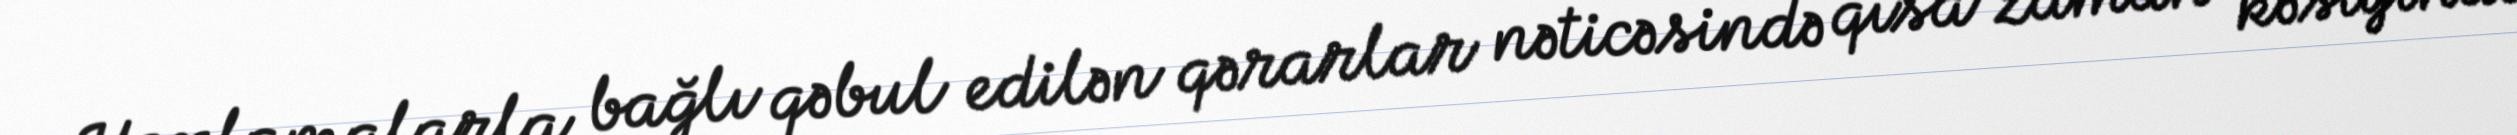
Yoxlamalarla bağlı qəbul edilən qərarlar nəticəsində qısa zaman kəsiyində